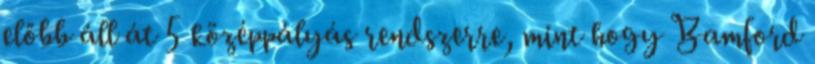
előbb áll át 5 középpályás rendszerre, mint hogy Bamford